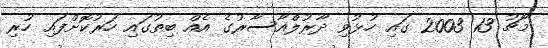
މާޗު 13 2003 ގައި ހުޅުވި ދާރުލްއާސާރުގެ އެއް ބިތުގައި ހަރުކޮށްފައި ހުރި